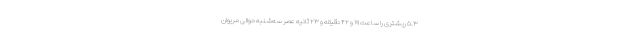
۵.۳ ریشتری را ساعت ۱۹ و ۴۲ دقیقه و ۲۳ ثانیه عصر سه‌شنبه حوالی مریوان